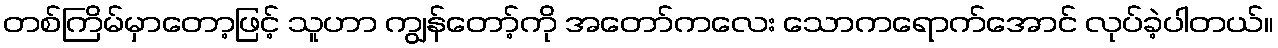
တစ်ကြိမ်မှာတော့ဖြင့် သူဟာ ကျွန်တော့်ကို အတော်ကလေး သောကရောက်အောင် လုပ်ခဲ့ပါတယ်။